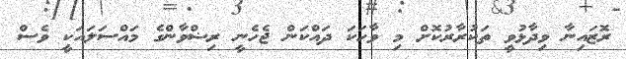
ރޮޒައިނާ ވިދާޅުވީ ތަކުރާރުކޮށް މި ވާހަކަ ދައްކަން ޖެހެނީ ރިޟްވާންގެ މައްސަލައަކީ ވެސް